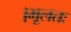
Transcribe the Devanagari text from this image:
।मूलतः